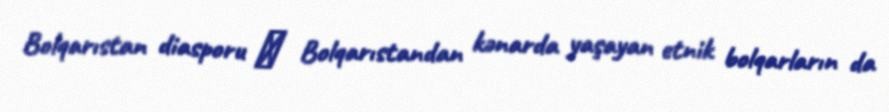
Bolqarıstan diasporu ― Bolqarıstandan kənarda yaşayan etnik bolqarların da